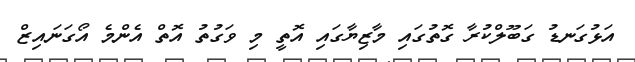
އަޅުގަނޑު ގަބޫލްކުރާ ގޮތުގައި މާޒިޔާގައި އޮތީ މި ވަގުތު އޮތް އެންމެ އޯގަނައިޒް